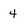
Character: 4